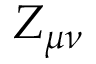
Z _ { \mu \nu }